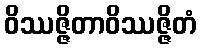
ဝိဿဇ္ဇိတာဝိဿဇ္ဇိတံ